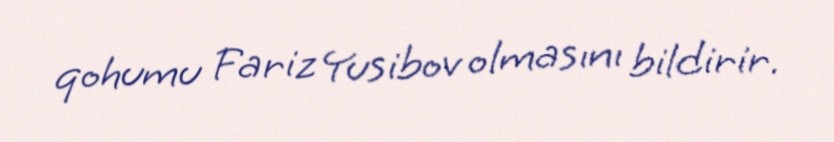
qohumu Fariz Yusibov olmasını bildirir.